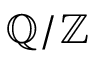
\mathbb { Q } / \mathbb { Z }